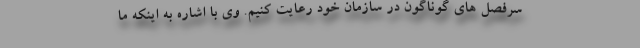
سرفصل های گوناگون در سازمان خود رعایت کنیم. وی با اشاره به اینکه ما